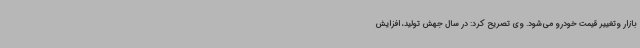
بازار وتغییر قیمت خودرو می‌شود. وی تصریح کرد: در سال جهش تولید، افزایش